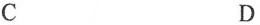
C D